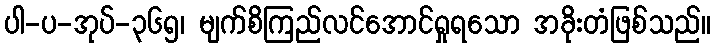
ပါ-ပ-အုပ်-၃၆၅၊ မျက်စိကြည်လင်အောင်ရှုရသော အခိုးတံဖြစ်သည်။